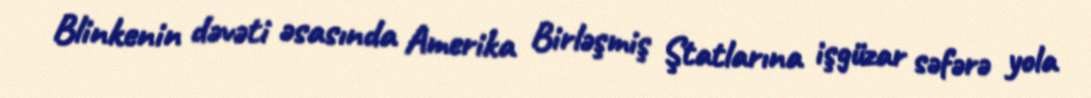
Blinkenin dəvəti əsasında Amerika Birləşmiş Ştatlarına işgüzar səfərə yola